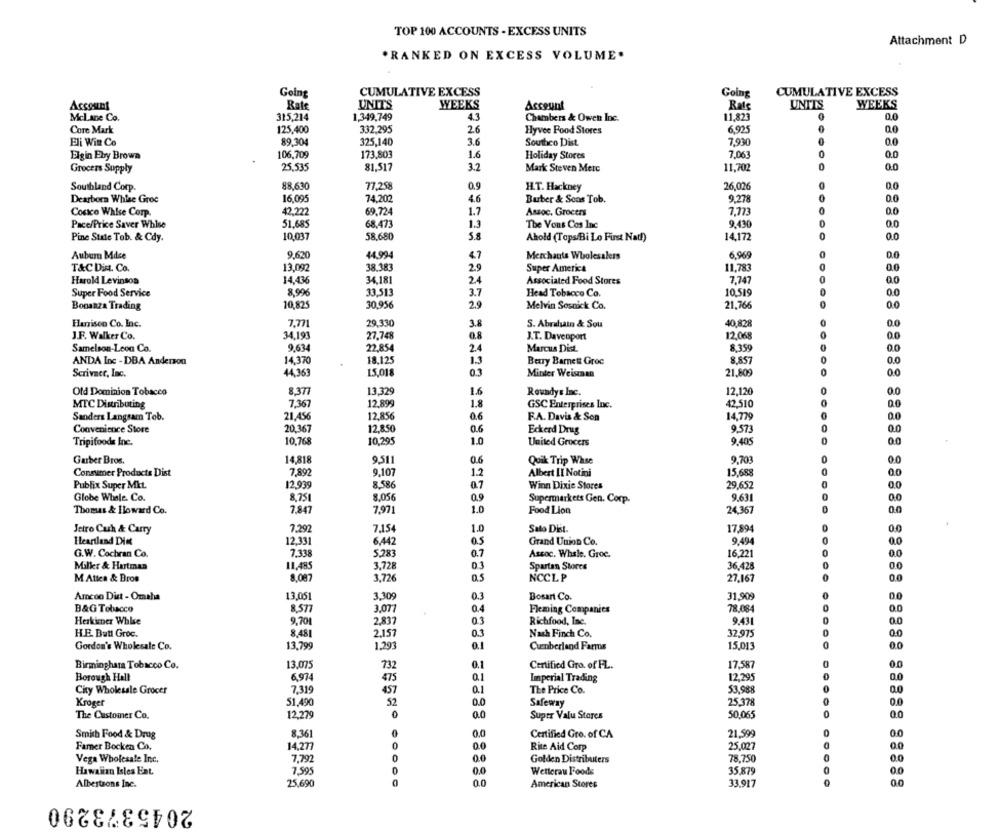
TOP 100 ACCOUNTS - EXCESS UNITS
Attachment D
*RANKED ON EXCESS VOLUME.
Going
CUMULATIVE EXCESS
Going
CUMULATIVE EXCESS
Account
Rate
UNITS
WEEKS
Account
Rate
UNITS
WEEKS
Mclane Co.
315,214
1,349,749
4.3
Chambers & Owen Inc.
11,823
0.0
Core Mark
125,400
332.295
26
Hyvee Food Stores
6.925
0.0
Eli Win Co
89,304
325,140
3.6
Southco Dist.
7,930
0.0
Elgin Eby Brown
106,709
173,803
1.6
Holiday Stores
7,063
0
0.0
25.535
81.517
3.2
Mark Steven Meic
11,702
0.0
Grocers Supply
Southland Corp.
88.630
77,258
0,9
H.T. Hackney
26,026
00
Dearbora Whise Groc
16,095
74.202
4.6
Burber & Sons Tob.
9,278
0.0
Costco Whise Corp.
42.222
69.724
1.7
Assoc. Grocers
7,773
0.0
Pace/Price Saver Whise
51.685
68.473
1.3
The Vons Cos Inc
9.430
0.0
Pine Stale Tob. & Cdy.
10.037
58,680
5.8
Ahold (Tops/Bi Lo First Nat!)
14,172
0.0
Auburn Mdce
9,620
44.994
4.7
Merchants Wholesalers
6,969
T&CDist. Co.
13.092
38.383
29
Super America
11.783
0.0
Harold Levinson
14,436
34.181
24
Associated Food Stores
7,747
0.0
Super Food Service
8,996
33.513
3.7
10.519
0.0
Head Tobacco Co.
Bonanza Trading
10,825
30,956
2.9
Melvin Sosnick Co.
21,766
0.0
Harrison Co. Inc.
7,771
29,330
3.8
S. Abrahain & Sou
40,828
0.0
J.F. Walker Co.
34,193
27.748
0.8
J.T. Davenport
12.068
0.0
Samelson-Leon Co.
9.634
22.854
2.4
Marcus Dist.
8.359
0.0
14.370
1.3
ANDA Inc - DBA Anderson
18.125
Berry Barnett Groc
8.857
0.0
Scrivaer, Inc.
44,363
15,018
0.3
Minter Weisman
21.809
0.0
Old Dominion Tobacco
8.377
13,329
1.6
Roundys Inc.
12,120
0.0
MTC Distributing
7,367
12.899
1.
GSC Enterprises Inc.
42,510
0.0
Sanders Langsam Tob.
21.456
12.856
0.6
F.A. Davis & Son
14,779
0
0.0
Convenience Store
20.367
12,850
0.6
Eckerd Drug
9,573
0.0
Tripifoods Inc.
10,768
10.295
1.0
United Grocers
9.405
0
0.0
14.818
9.703
Garber Bros.
9,511
0.6
Quik Trip Whse
0.0
Consumer Products Dist
7,892
9.107
1.2
Albert II Notini
15,688
0
0.0
8.586
Publix Super Mkt.
12,939
0.7
Winn Dixie Stores
29,652
Globe Whale. Co.
8.751
8.056
Supermarkets Gen. Corp.
9.631
0.0
Thomas & Iloward Co.
7,847
7,971
1.0
Food Lion
24.367
0.0
Jetro Cuh & Carry
7.292
7.154
1.0
Sato Dist.
17.894
0.0
Heartland Die
12,331
6,442
0.5
Grand Union Co.
9.494
0
G.W. Cochran Co.
7.338
5.283
0.7
Assoc. Whale. Groc.
16.221
0.0
Milkr & Hartman
11,485
3,728
0.3
Spartan Stores
36.428
0.0
M Allen & Bros
8,087
3,726
0.5
NCCLP
27.167
0.0
Amcon Dist - Omaha
13,051
3,309
0.3
Bosart Co.
31,909
0.0
B&G Tobacco
8,577
3.077
0.4
Fleming Companies
78.084
0.0
Herkimer Whise
9,701
2,837
03
Richfood, Inc.
9.431
0.0
HE. Butl Groc.
8.481
2.157
0.3
Nach Finch Co.
32.975
0.0
Gordon's Wholesale Co.
13,799
1.293
Cumberland Farros
15,013
0.0
Birminghama Tobacco Co.
13,075
732
0.1
Certified Gro. of FL.
17,587
0
0.0
Borough Hell
6.974
475
0.1
Imperial Trading
12,295
City Wholesale Grocer
7.319
457
0.1
The Price Co.
53.988
0.0
Kroger
51,490
52
0.0
Safeway
25.378
0.0
The Customer Co.
12.279
0
0.0
Super Valu Stores
50,065
0
00
8.361
0
0.0
0
0.0
Smith Food & Drug
Certified Gro. of CA
21.599
Famer Bocken Co.
14,277
0
Rite Aid Corp
25,027
7.792
0.0
78,750
Vega Wholesale Inc.
Golden Distributers
Hawaiian Isles Ent.
7.595
0.0
Wetterau Foods
35.879
0.0
0.0
00
Albertsons Inc.
25,690
American Stores
33.917
2045373290